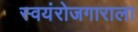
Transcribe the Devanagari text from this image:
स्वयंरोजगाराला